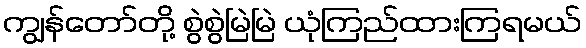
ကျွန်တော်တို့ စွဲစွဲမြဲမြဲ ယုံကြည်ထားကြရမယ်